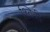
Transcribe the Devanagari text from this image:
श्वित्री